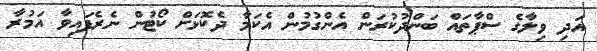
އަދި ވިލާގެ ސްޕާތައް ބަންދުކުރަން އެންގުމުން އެކަމާ ދެކޮޅަށް ކޯޓުން ނެރެފައިވާ އަމުރާ